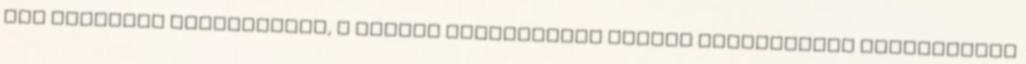
már mindenki depressziós, a pénzes látogatókat valami láthatatlan energiamező